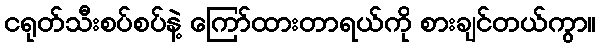
ငရုတ်သီးစပ်စပ်နဲ့ ကြော်ထားတာရယ်ကို စားချင်တယ်ကွာ။